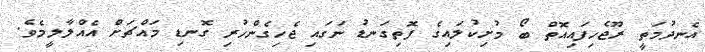
އެނދުމަތީ ރޫޖެހިފައިއޮތް ބޯ މުށިކުލައިގެ ފޮތިގަނޑު ނަގައި ޖެހިގެންހުރި ގޮނޑި މައްޗަށް އެއްލާލީމެވެ.